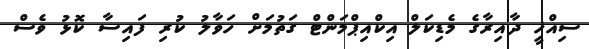
ސިއްޚީ ދާއިރާގެ މެޑިކަލް އިކްއިޕްމަންޓް ގަތުމަށް ހަވާލު ކުރި ފައިސާ ކޮޅު ވެސް